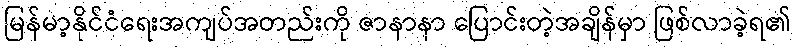
မြန်မာ့နိုင်ငံရေးအကျပ်အတည်းကို ဇာနာနာ ပြောင်းတဲ့အချိန်မှာ ဖြစ်လာခဲ့ရ၏